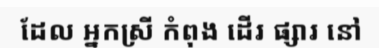
ដែល អ្នកស្រី កំពុង ដើរ ផ្សារ នៅ